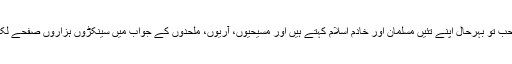
‘‘مرزا صاحب تو بہرحال اپنے تئیں مسلمان اور خادم اسلام کہتے ہیں اور مسیحیوں، آریوں، ملحدوں کے جواب میں سینکڑوں ہزاروں صفحے لکھ گئے ہیں۔